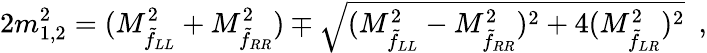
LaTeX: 2m_{1,2}^{2}=(M_{\tilde{f}_{LL}}^{2}+M_{\tilde{f}_{RR}}^{2})\mp\sqrt{(M_{\tilde{f}_{LL}}^{2}-M_{\tilde{f}_{RR}}^{2})^{2}+4(M_{\tilde{f}_{LR}}^{2})^{2}}\enspace,